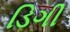
ડિગી